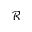
\mathcal { R }